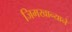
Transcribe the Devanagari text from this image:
जिमखान्याने